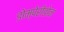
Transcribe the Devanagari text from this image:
डोम्पेरीडोन